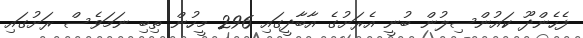
ފެހެންދޫ ކައުންސިލުން ބުނީ އެރަށުގެ އާބާދީގައި 296 މީހުން ތިބި ނަމަވެސް ރަށުގައި